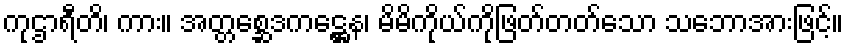
ကုဌာရီတိ၊ ကား။ အတ္တစ္ဆေဒကဋ္ဌေန၊ မိမိကိုယ်ကိုဖြတ်တတ်သော သဘောအားဖြင့်။